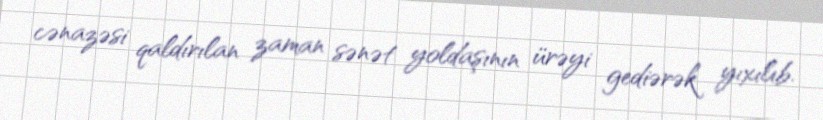
cənazəsi qaldırılan zaman sənət yoldaşının ürəyi gediərək yıxılıb.